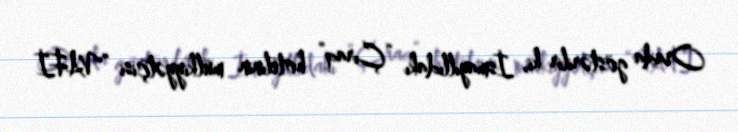
Orada göstərilir ki, İsmayıllıdakı “Çıraq” hotelinin mülkiyyətçisi “VAFİ